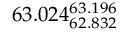
6 3 . 0 2 4 _ { 6 2 . 8 3 2 } ^ { 6 3 . 1 9 6 }